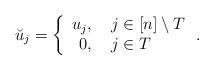
LaTeX: \begin{align*}\breve{u}_j = \left \{\begin{array}{rl}u_j, & \ j \in [n] \setminus T \\0, & \ j \in T\end{array}\right. . \end{align*}